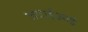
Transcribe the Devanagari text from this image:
जवाईआई